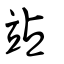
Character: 站